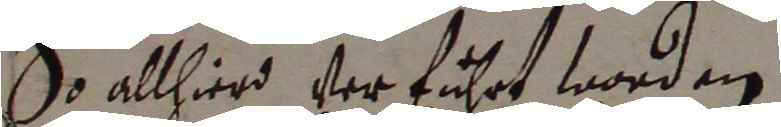
So allhierd verführt worden.